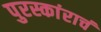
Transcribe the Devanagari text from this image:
पुरस्कांराचं